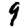
Digit: 9